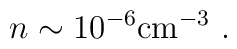
n\sim 10^{-6} {\rm cm^{-3}}\ .